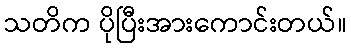
သတိက ပိုပြီးအားကောင်းတယ်။